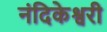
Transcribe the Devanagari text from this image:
नंदिकेश्वरी